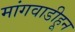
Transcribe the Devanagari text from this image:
मांगवाडीहून